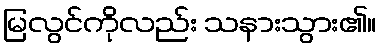
မြလွင်ကိုလည်း သနားသွား၏။